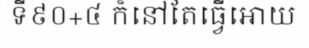
ទី៩០+៤ ក៏នៅតែធ្វើអោយ